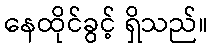
နေထိုင်ခွင့် ရှိသည်။